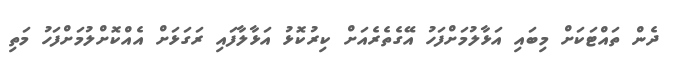
ދެން ތައްޓަކަށް މިބައި އަޅާލުމަށްފަހު އޭގެތެރެއަށް ކިރުކޮޅު އަޅާލާފައި ރަގަޅަށް އެއްކޮށްލުމަށްފަހު މަތި